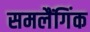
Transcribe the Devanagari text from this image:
समलैंगिंक